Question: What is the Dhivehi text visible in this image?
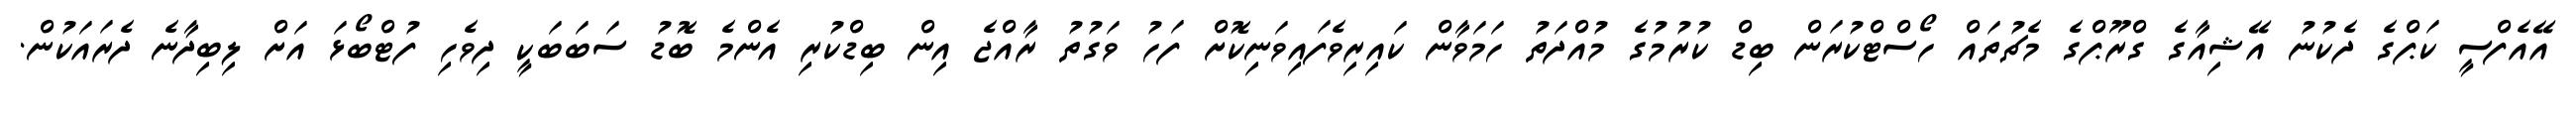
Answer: އޭއެފްސީ ކަޕްގެ ދެކުނު އޭޝިއާގެ ގްރޫޕްގެ މެޗުތައް ހޯސްޓްކުރަން ބިޑް ކުރުމުގެ މުއްދަތު ހަމަވާން ކައިރިވެފައިވަނިކޮށް ފަހު ވަގުތު ރާއްޖެ އިން ބިޑްކުރި އެންމެ ބޮޑު ސަބަބަކީ ދިވެހި ފުޓްބޯޅަ އަށް ލިބިދާނެ ދެރައަކުން.